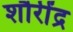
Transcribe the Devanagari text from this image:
शौरींद्र